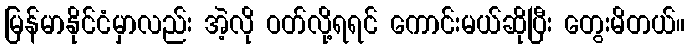
မြန်မာနိုင်ငံမှာလည်း အဲ့လို ဝတ်လို့ရရင် ကောင်းမယ်ဆိုပြီး တွေးမိတယ်။